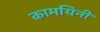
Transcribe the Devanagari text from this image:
कामयिनी